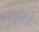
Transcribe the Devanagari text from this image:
सूक्तके